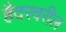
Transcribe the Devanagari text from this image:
हैदरवरील